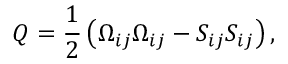
Q = \frac { 1 } { 2 } \left( { { \Omega _ { i j } } { \Omega _ { i j } } - { S _ { i j } } { S _ { i j } } } \right) ,